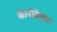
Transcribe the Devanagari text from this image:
कार्नावेलेट